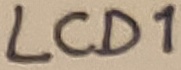
Text: LCD1